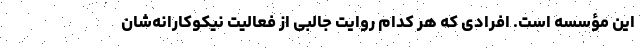
این مؤسسه است. افرادی که هر کدام روایت جالبی از فعالیت نیکوکارانه‌شان